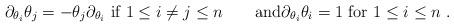
LaTeX: \begin{align*}\partial_{\theta_i} \theta_j=-\theta_j \partial_{\theta_i}\hbox{ if } 1 \leq i \neq j \leq n\qquad\hbox{and}\partial_{\theta_i} \theta_i = 1\hbox{ for }1 \leq i \leq n~.\end{align*}